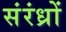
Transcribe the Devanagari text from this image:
संरंध्रों